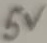
Text: 5V